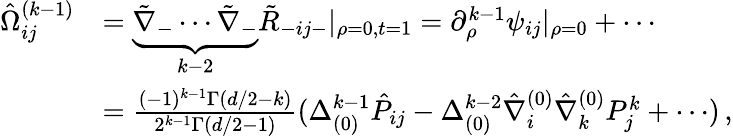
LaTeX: \begin{array}{rl}{\hat{\Omega}_{ij}^{(k-1)}}&{=\underbrace{\tilde{\nabla}_{-}\cdots\tilde{\nabla}_{-}}_{k-2}\tilde{R}_{-ij-}|_{\rho=0,t=1}=\partial_{\rho}^{k-1}\psi_{ij}|_{\rho=0}+\cdots}\\ &{=\frac{(-1)^{k-1}\Gamma(d/2-k)}{2^{k-1}\Gamma(d/2-1)}(\Delta_{(0)}^{k-1}\hat{P}_{ij}-\Delta_{(0)}^{k-2}\hat{\nabla}_{i}^{(0)}\hat{\nabla}_{k}^{(0)}P_{j}^{k}+{\cdots})\, ,}\end{array}